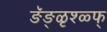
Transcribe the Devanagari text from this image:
ङॅङ्ळृश्ळ्फ्